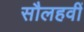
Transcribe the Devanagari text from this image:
सौलहवीं